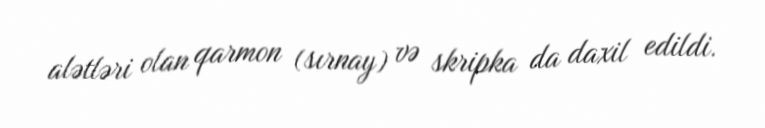
alətləri olan qarmon (sırnay) və skripka da daxil edildi.